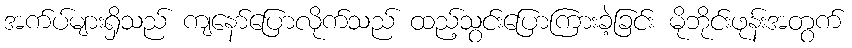
အက်ပ်များရှိသည် ကျနော်ပြောလိုက်သည် ထည့်သွင်းပြောကြားခဲ့ခြင်း မိုဘိုင်းဖုန်းအတွက်